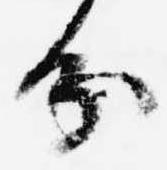
分